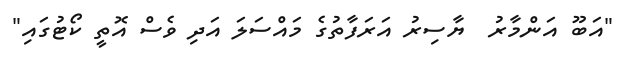
"އަބޫ އަންމާރު  ޔާސިރު އަރަފާތުގެ މައްސަލަ އަދި ވެސް އޮތީ ކޯޓުގައި"